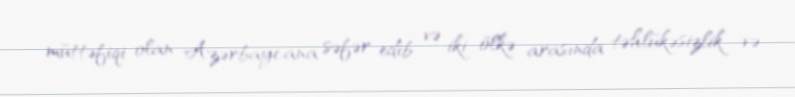
müttəfiqi olan Azərbaycana səfər edib və iki ölkə arasında təhlükəsizlik və